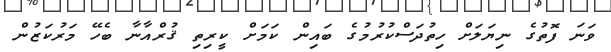
ވަނަ ފޮތުގެ ނިޔަލަށް ހިތުދަސްކުރުމުގެ ބައިން ކަމަށް ކީރިތި ޤުރްއާނާ ބެހޭ މަރުކަޒުން